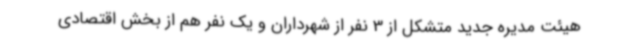
هیئت مدیره جدید متشکل از 3 نفر از شهرداران و یک نفر هم از بخش اقتصادی